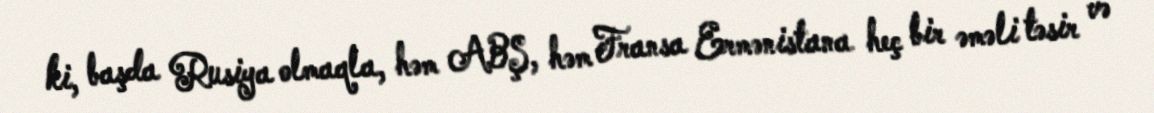
ki, başda Rusiya olmaqla, həm ABŞ, həm Fransa Ermənistana heç bir əməli təsir və